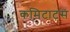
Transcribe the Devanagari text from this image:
कमिटाटस